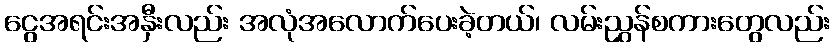
ငွေအရင်းအနှီးလည်း အလုံအလောက်ပေးခဲ့တယ်၊ လမ်းညွှန်စကားတွေလည်း